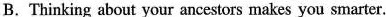
B. Thinking about your ancestors makes you smarter.